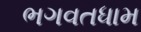
ભગવતધામ